Lunatic asylums Madras 1877-1891 - 1877-1891
Year: 1877
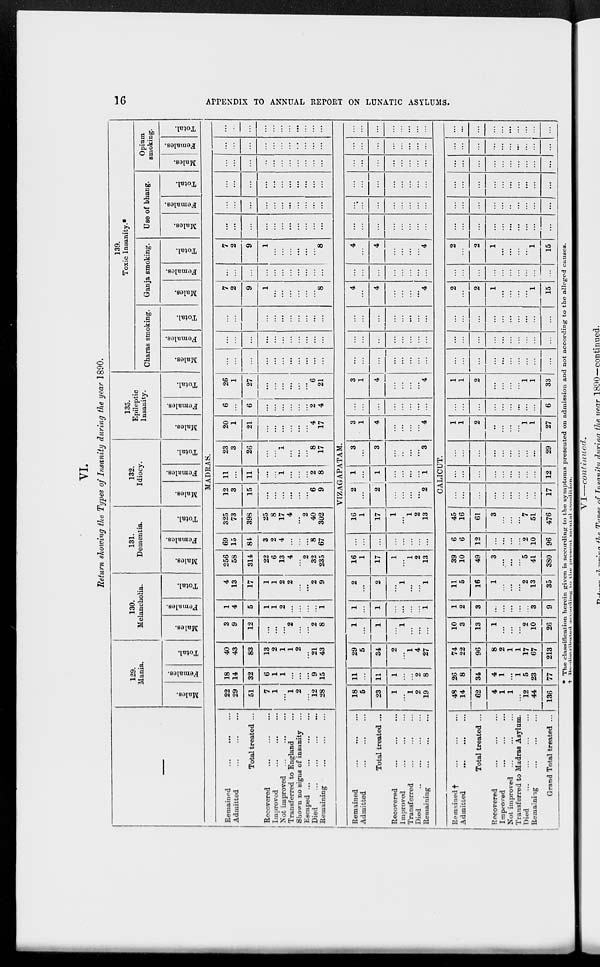
16
APPENDIX TO ANNUAL REPORT ON LUNATIC ASYLUMS.
VI.
Return showing the Types of Insanity during the year 1890.
—
Remained
...
...
...
Admitted
...
...
...
Total treated ...
Recovered ... ... ...
Improved
...
...
...
Not improved
...
...
...
Transferred to England ...
Shown no signs of insanity ...
Escaped ... ... ... ...
Died
...
...
...
...
Remaining
...
...
...
Remained
...
...
...
Admitted
...
...
...
Total treated ...
Recovered
...
...
...
Improved ... ... ...
Transferred
...
...
...
Died
...
...
...
Remaining
...
...
...
Remained
†
...
...
...
Admitted ... ... ...
Total treated ...
Recovered
...
...
...
Improved
...
...
...
Not improved
...
...
...
Transferred to Madras Asylum.
Died
...
...
...
...
Remaining
...
...
...
Grand Total treated ...
129.
Mania.
Males.
Females.
Total.
130.
Melancholia.
Males.
Females.
Total.
131.
Dementia.
Males.
Females.
Total.
132.
Idiocy.
Males.
Females.
Total.
135.
Epileptic
Insanity.
Males.
Females.
Total.
139.
Toxic Insanity.*
Charas smoking.
Males.
Females.
Total.
Ganja smoking.
Males.
Females.
Total.
Use of bhang.
Males.
Females.
Total.
Opium
smoking.
Males.
Females.
Total.
MADRAS.
22
29
51
7
1
...
1
2
...
12
28
18
14
32
6
1
1
...
...
...
9
15
40
43
83
13
2
1
1
2
...
21
43
3
9
12
...
...
...
2
...
...
2
8
1
4
5
1
1
2
...
...
...
...
1
4
13
17
1
1
2
2
...
...
2
9
256
58
314
22
6
13
4
...
2
32
235
69
15
84
3
2
4
...
...
...
8
67
325
73
398
25
8
17
4
...
2
40
302
12
3
15
...
...
...
...
...
...
6
9
11
...
11
...
...
1
...
...
...
2
8
23
3
26
...
...
1
...
...
...
8
17
20
1
21
...
...
...
...
...
...
4
17
6
...
6
...
...
...
...
...
...
2
4
26
1
27
...
...
...
...
...
...
6
21
...
...
...
...
...
...
...
...
...
...
...
...
...
...
...
...
...
...
...
...
...
...
...
...
...
...
...
...
...
...
...
...
...
7
2
9
1
...
...
...
...
...
...
8
...
...
...
...
...
...
...
...
...
...
...
7
2
9
1
...
...
...
...
...
...
8
...
...
...
...
...
...
...
...
...
...
...
...
...
...
...
...
...
...
...
...
...
...
...
...
...
...
...
...
...
...
...
...
...
...
...
...
...
...
...
...
...
...
...
...
...
...
...
...
...
...
...
...
...
...
...
...
...
...
...
...
...
...
...
...
...
...
VIZAGAPATAM.
18
5
23
1
...
1
2
19
11
...
11
1
...
...
2
8
29
5
34
2
...
1
4
27
1
...
1
...
1
...
...
...
1
...
1
...
...
...
...
1
2
...
2
...
1
...
...
1
16
1
17
1
...
1
2
13
...
...
...
...
...
...
...
...
16
1
17
1
...
1
2
13
2
...
2
...
...
...
...
2
1
...
1
...
...
...
...
1
3
...
3
...
..
...
...
3
3
1
4
...
...
...
...
4
...
...
...
...
...
...
...
...
3
1
4
...
...
...
...
4
...
...
...
...
...
...
...
...
...
...
...
...
...
...
...
...
...
...
...
...
...
...
...
...
4
...
4
...
...
...
...
4
...
...
...
...
...
...
...
...
4
...
4
...
...
...
...
4
...
...
...
...
...
...
...
...
...
...
...
...
...
...
...
...
...
...
...
...
...
...
...
...
...
...
...
...
...
...
...
...
...
...
...
...
...
...
...
...
...
...
...
...
...
...
...
CALICUT.
48
14
62
4
1
1
...
12
44
136
26
8
34
4
1
...
1
5
23
77
74
22
96
8
2
1
1
17
67
213
10
3
13
1
...
...
...
2
10
26
1
2
3
...
...
...
...
...
3
9
11
5
16
1
...
...
...
2
13
35
39
10
49
3
...
...
...
5
41
380
6
6
12
...
...
...
...
2
10
96
45
16
61
3
...
...
...
7
51
476
...
...
...
...
...
...
...
...
...
17
...
...
...
...
...
...
...
...
...
12
...
...
...
...
...
...
...
...
...
29
1
1
2
..
...
...
...
1
1
27
...
...
...
...
...
...
...
...
...
6
1
1
2
...
...
...
...
1
1
33
...
...
...
...
...
...
...
...
...
...
...
...
...
...
...
...
...
...
...
...
...
...
...
...
...
...
...
...
...
...
2
...
2
1
...
...
...
...
1
15
...
...
...
...
...
...
...
...
...
...
2
...
2
1
...
...
...
...
1
15
...
...
...
...
...
...
...
...
...
...
...
...
...
...
...
...
...
...
...
...
...
...
...
...
...
...
...
...
...
...
...
...
...
...
...
...
...
...
...
...
...
...
...
...
...
...
...
...
...
...
...
...
...
...
...
...
...
...
...
...
* The classification herein given is according to the symptoms presented on admission and not according to the alleged causes.
† Re-distributed
according
to the present mental condition.